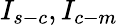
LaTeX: I_{s-c},I_{c-m}